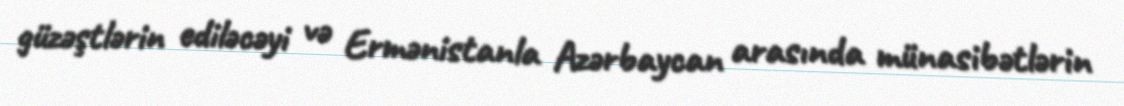
güzəştlərin ediləcəyi və Ermənistanla Azərbaycan arasında münasibətlərin